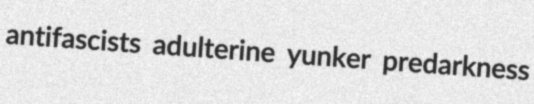
antifascists adulterine yunker predarkness